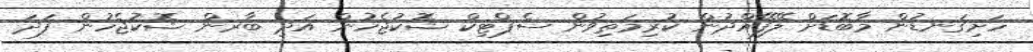
ހަށިގަނޑުން މާބޮޑަށް ލޭފޭއްދުން ކުރިމަތިވުން ސެޕްޓިކް ޝޮކުޖެހުން އަދި ބާރން ޝޮކުޖެހުން ފަދަ